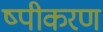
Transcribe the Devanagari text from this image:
ष्पीकरण